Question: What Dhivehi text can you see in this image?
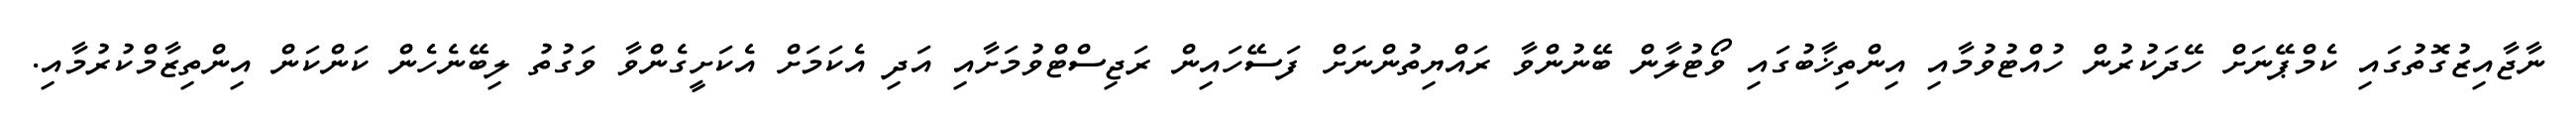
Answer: ނާޖާއިޒުގޮތުގައި ކެމްޕޭނަށް ހޭދަކުރުން ހުއްޓުވުމާއި އިންތިޚާބުގައި ވޯޓުލާން ބޭނުންވާ ރައްޔިތުންނަށް ފަސޭހައިން ރަޖިސްޓްވުމަށާއި އަދި އެކަމަށް އެކަށީގެންވާ ވަގުތު ލިބޭނެހެން ކަންކަން އިންތިޒާމްކުރުމާއި.